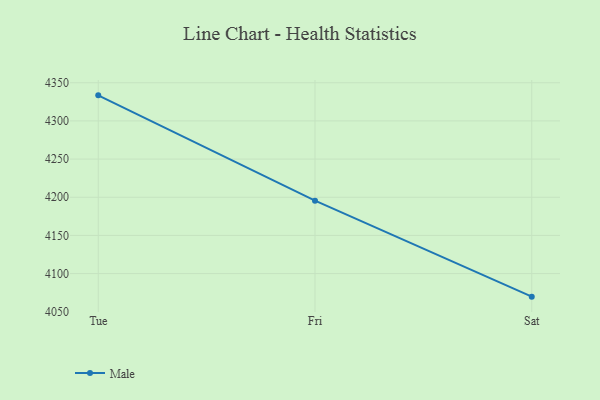
{"axis": {"x": "Day", "y": "Demand Index"}, "legend": ["Male"], "data": [{"x": "Tue", "y": 4333.5, "type": "Male"}, {"x": "Fri", "y": 4195.5, "type": "Male"}, {"x": "Sat", "y": 4069.8, "type": "Male"}]}